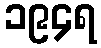
၁၉၄ရ